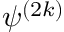
\psi ^ { ( 2 k ) }